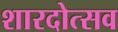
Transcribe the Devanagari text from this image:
शारदोत्सव